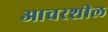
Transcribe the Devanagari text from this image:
आचरशील